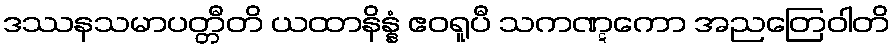
ဒဿနသမာပတ္တီတိ ယထာနိန္နံ ဧဝရူပီ သကဏ္ဋကော အညတြေဝါတိ